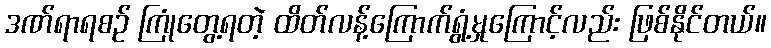
ဒဏ်ရာရစဉ် ကြုံတွေ့ရတဲ့ ထိတ်လန့်ကြောက်ရွံ့မှုကြောင့်လည်း ဖြစ်နိုင်တယ်။